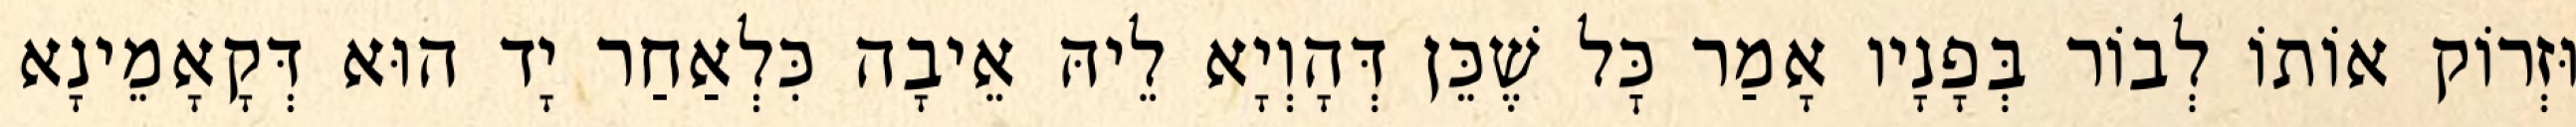
וּזְרוֹק אוֹתוֹ לְבוֹר בְּפָנָיו אָמַר כׇּל שֶׁכֵּן דְּהָוְיָא לֵיהּ אֵיבָה כִּלְאַחַר יָד הוּא דְּקָאָמֵינָא